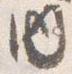
内